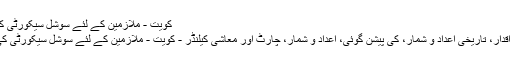
کویت - ملازمین کے لئے سوشل سیکورٹی کی شرح
موجودہ اقدار، تاریخی اعداد و شمار، کی پیشن گوئی، اعداد و شمار، چارٹ اور معاشی کیلنڈر - کویت - ملازمین کے لئے سوشل سیکورٹی کی شرح.